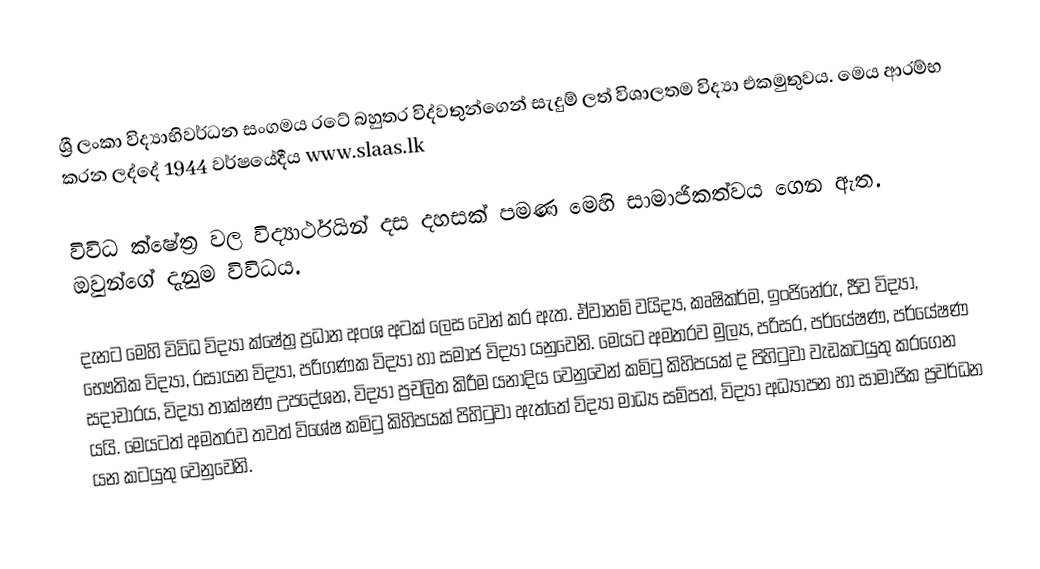
ශ්‍රී ලංකා විද්‍යාභිවර්ධන සංගමය රටේ බහුතර විද්වතුන්ගෙන් සැදුම් ලත් විශාලතම විද්‍යා එකමුතුවය. මෙය ආරම්භ කරන ලද්දේ 1944 වර්ෂයේදීය  www.slaas.lk

විවිධ ක්ෂේත්‍ර වල විද්‍යාර්ථයින් දස දහසක් පමණ මෙහි සාමාජිකත්වය ගෙන ඇත. ඔවුන්ගේ දැනුම විවිධය.

දැනට මෙහි විවිධ විද්‍යා ක්ෂේත්‍ර ප්‍රධාන අංශ අටක් ලෙස වෙන් කර ඇත. ඒවානම් වයිද්‍ය, කෘෂිකර්ම, ඉංජිනේරු, ජීව විද්‍යා, භෞතික විද්‍යා, රසායන විද්‍යා, පරිගණක විද්‍යා හා සමාජ විද්‍යා යනුවෙනි. මෙයට අමතරව මුල්‍ය, පරිසර, පර්යේෂණ, පර්යේෂණ සදාචාරය, විද්‍යා තාක්ෂණ උපදේශන, විද්‍යා ප්‍රචලිත කිරීම යනාදිය වෙනුවෙන් කමිටු කිහිපයක් ද පිහිටුවා වැඩකටයුතු කරගෙන යයි. මෙයටත් අමතරව තවත් විශේෂ කමිටු කිහිපයක් පිහිටුවා ඇත්තේ  විද්‍යා මාධ්‍ය සම්පත්, විද්‍යා  අධ්‍යාපන හා සාමාජික ප්‍රවර්ධන යන කටයුතු වෙනුවෙනි.